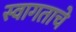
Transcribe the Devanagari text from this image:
स्वागताचे